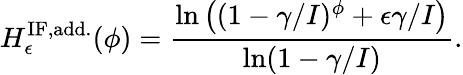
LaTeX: H_{\epsilon}^{\mathrm{IF,add.}}(\phi)=\frac{\ln\left((1-\gamma/I)^{\phi}+\epsilon\gamma/I\right)}{\ln(1-\gamma/I)}.